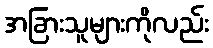
အခြားသူများကိုလည်း